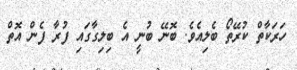
ހަރަކާތް ކުރޭތޯ ބެލިއެވެ. ބޮނޭ ބުނީ އެ ބިލިގާގައި ފުރާ ފެން އޮތް